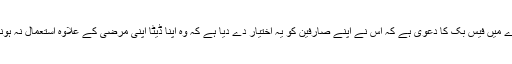
اس بارے میں فیس بک کا دعویٰ ہے کہ اس نے اپنے صارفین کو یہ اختیار دے دیا ہے کہ وہ اپنا ڈیٹا اپنی مرضی کے علاوہ استعمال نہ ہونے دے۔